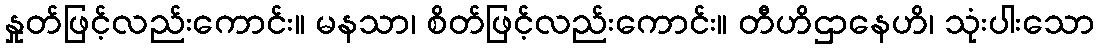
နှုတ်ဖြင့်လည်းကောင်း။ မနသာ၊ စိတ်ဖြင့်လည်းကောင်း။ တီဟိဌာနေဟိ၊ သုံးပါးသော